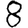
Digit: 8